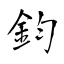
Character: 鈞